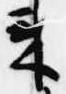
来